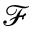
\mathcal { F }